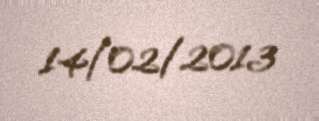
14/02/2013